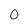
Character: O